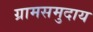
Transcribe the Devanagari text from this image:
ग्रामसमुदाय